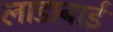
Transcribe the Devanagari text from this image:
लाडाबाई